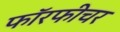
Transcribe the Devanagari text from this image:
फॉरफीचर